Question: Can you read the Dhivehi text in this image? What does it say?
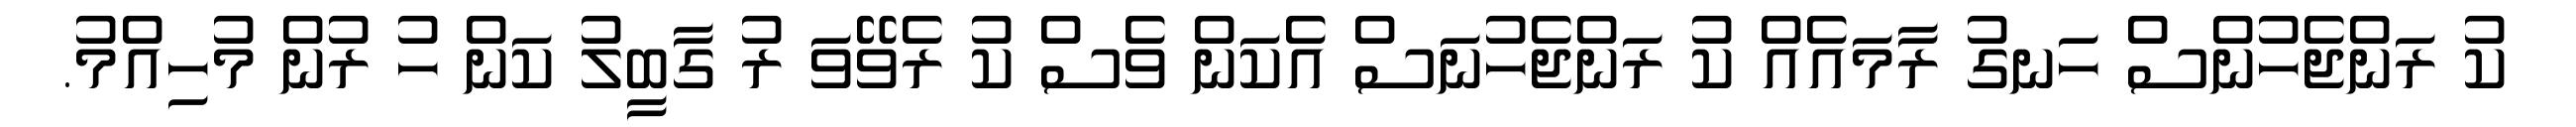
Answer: ކު ރަންޖެހުންސް ހަނގު ރާމައެއް ކު ރަންޖެހުނަސް އެކަން ވެސް ކު ރެވޭވަ ރު ގާބީލު ކަން ހު ރުން މުހިއްމު.